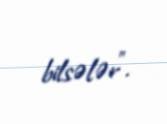
bilsələr”.